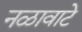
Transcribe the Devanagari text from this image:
नळावाटे